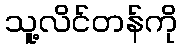
သူ့လိင်တန်ကို